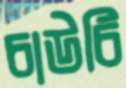
চাউচি